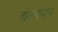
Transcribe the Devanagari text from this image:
होल्लोमन